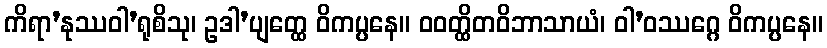
ကိရာ’နုဿဝါ’ရုစိသု၊ ဥဒါ’ပျတ္ထေ ဝိကပ္ပနေ။ ဝဝတ္ထိတဝိဘာသာယံ၊ ဝါ’ဝဿဂ္ဂေ ဝိကပ္ပနေ။